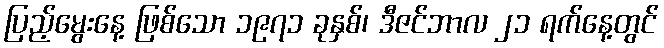
ပြည့်မွေးနေ့ ဖြစ်သော ၁၉၇၁ ခုနှစ်၊ ဒီဇင်ဘာလ ၂၁ ရက်နေ့တွင်